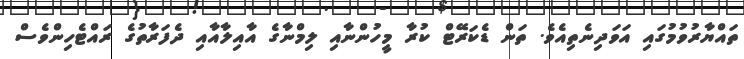
ތައްޔާރުވުމުގައި އަވަދިނެތިއެވެ. ތަން ޑެކަރޭޓް ކުރާ މީހުންނާއި ލިމްނާގެ އާއިލާއާއި ދެފަރާތުގެ ރައްޓެހިންވެސް